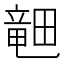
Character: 𪽞